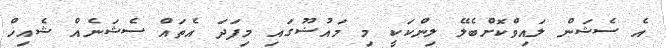
އެ ސެޝަން ލައިވްކޮށްބެލޭ ލިންކަކީ މި މައުޟޫގައި މިފަދަ އެތައް ސެޝަނެއް ޝެއިޚް